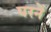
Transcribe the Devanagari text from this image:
परनें